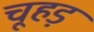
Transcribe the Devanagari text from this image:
चूहड़